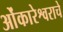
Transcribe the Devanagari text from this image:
ओंकारेश्वराचे